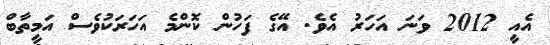
އެއީ 2012 ވަނަ އަހަރު އެވެ. އޭގެ ފަހުން ކޮންމެ އަހަރަކުވެސް އަމީތާބް